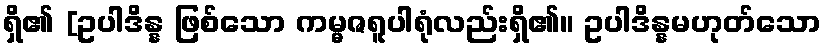
ရှိ၏ [ဥပါဒိန္န ဖြစ်သော ကမ္မဇရူပါရုံလည်းရှိ၏။ ဥပါဒိန္နမဟုတ်သော